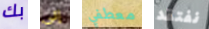
بك إلى معطفي نفتقد